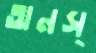
অনস্